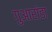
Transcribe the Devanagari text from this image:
गुआरांडा